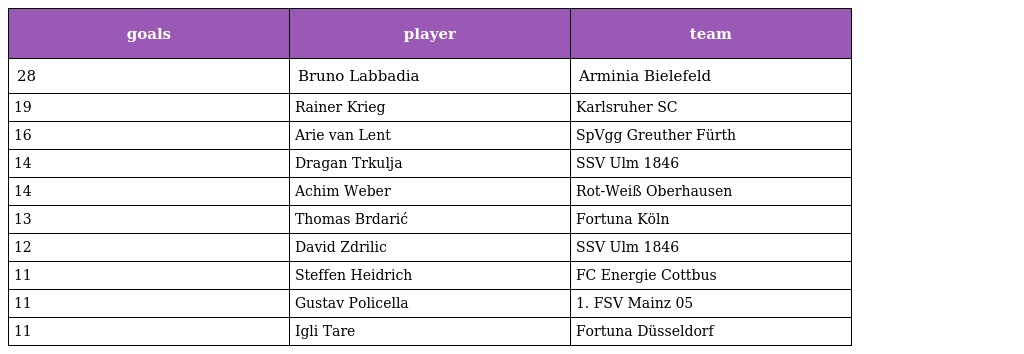
| goals | player | team |
 | --- | --- | --- |
 | 28 | Bruno Labbadia | Arminia Bielefeld |
 | 19 | Rainer Krieg | Karlsruher SC |
 | 16 | Arie van Lent | SpVgg Greuther Fürth |
 | 14 | Dragan Trkulja | SSV Ulm 1846 |
 | 14 | Achim Weber | Rot-Weiß Oberhausen |
 | 13 | Thomas Brdarić | Fortuna Köln |
 | 12 | David Zdrilic | SSV Ulm 1846 |
 | 11 | Steffen Heidrich | FC Energie Cottbus |
 | 11 | Gustav Policella | 1. FSV Mainz 05 |
 | 11 | Igli Tare | Fortuna Düsseldorf |